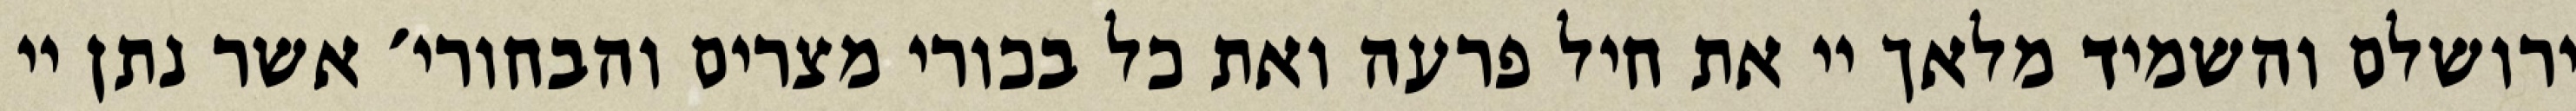
ירושלם והשמיד מלאך יי את חיל פרעה ואת כל בכורי מצרים והבחורי׳ אשר נתן יי